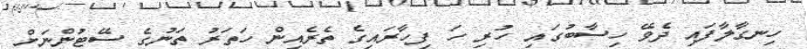
ހިނގާލާފައި ދެވޭ ހިސާބުގައި ހުރި ހަ ފިހާރައިގެ ތެރެއިން ހަތަރު ތަނުގެ ސޭޓުންނަށް